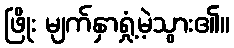
ဖြိုး မျက်နှာရှုံ့မဲ့သွား၏။